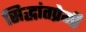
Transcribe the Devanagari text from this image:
सिद्धांतप्रेमी